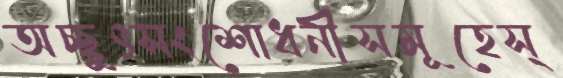
অচ্ছুৎসংশোধনীসমূহেস্